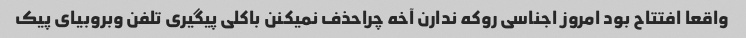
واقعا افتتاح بود امروز اجناسی روکه ندارن آخه چراحذف نمیکنن باکلی پیگیری ‌تلفن وبروبیای پیک